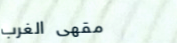
مقهى الغرب